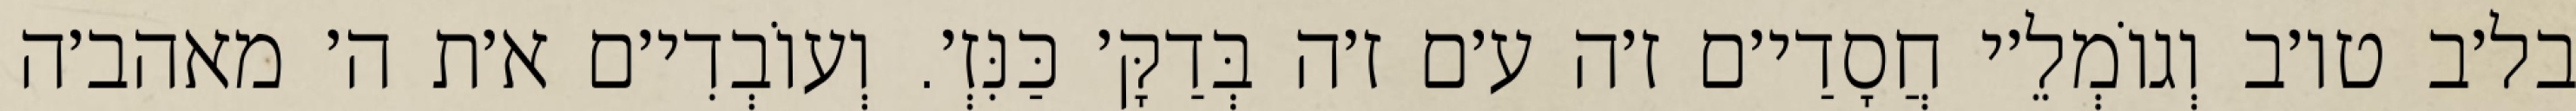
בל׳ב טו׳ב וְגוֹמְלֵ׳י חֲסָדַי׳ם ז׳ה ע׳ם ז׳ה בְּדַקָּ׳ כַּנִּזְ׳. וְעוֹבְדִי׳ם א׳ת ה׳ מאהב׳ה